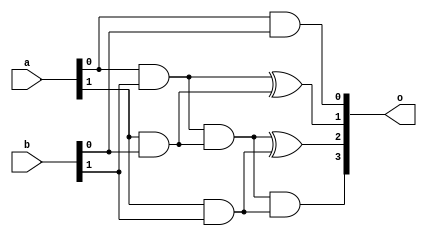
`timescale 1ns / 1ps
//////////////////////////////////////////////////////////////////////////////////
// Company: 
// Engineer: 
// 
// Design Name: 
// Module Name: basic_modules
// Project Name: 
// Target Devices: 
// Tool Versions: 
// Description: 
// 
// Dependencies: 
// 
// Revision:
// Revision 0.01 - File Created
// Additional Comments:
// 
//////////////////////////////////////////////////////////////////////////////////


module mul_2x2(
    input  [1:0] a, 
    input  [1:0] b, 
    output [3:0] o 
    );
    
    wire and_a0b0 = a[0] & b[0]; 
    wire and_a0b1 = a[0] & b[1]; 
    wire and_a1b0 = a[1] & b[0]; 
    wire and_a1b1 = a[1] & b[1]; 
    wire and_a0b1a1b0 = and_a0b1 & and_a1b0; 
    
    assign o[0] = and_a0b0; 
    assign o[1] = and_a0b1 ^ and_a1b0; 
    assign o[2] = and_a0b1a1b0 ^ and_a1b1; 
    assign o[3] = and_a0b1a1b0 & and_a1b1; 
    
endmodule


module mul_2x2_kmap(
    input  [1:0] a, 
    input  [1:0] b, 
    output [3:0] o 
    );
    
    wire and_a0b0 = a[0] & b[0]; 
    wire and_a0b1 = a[0] & b[1]; 
    wire and_a1b0 = a[1] & b[0]; 
    wire and_a1b1 = a[1] & b[1]; 
    wire and_a0b1a1b0 = and_a0b1 & and_a1b0; 
    
    assign o[0] = and_a0b0; 
    assign o[1] = and_a0b1 | and_a1b0; 
    assign o[2] = and_a1b1; 
    assign o[3] = 1'b0; 
    
endmodule


module full_adder(
    input  a, 
    input  b, 
    input  cin, 
    output o, 
    output cout
    );
    
    wire xor_ab = a ^ b;  
    assign o = xor_ab ^ cin; 
    assign cout = (a & b) | (xor_ab & cin); 
    
endmodule


module mul_3x3(
    input  [2:0] a, 
    input  [2:0] b, 
    output [5:0] o 
    );
    
    assign o = {3'b000, a} * {3'b000, b}; 
    
endmodule


module mul_2x3(
    input  [1:0] a, 
    input  [2:0] b, 
    output [4:0] o 
    );
    
    assign o = {3'b000, a} * {2'b00, b}; 
    
endmodule


module mul_3x2(
    input  [2:0] a, 
    input  [1:0] b, 
    output [4:0] o 
    );
    
    assign o = {2'b00, a} * {3'b000, b}; 
    
endmodule


module true2comple_8(
    input  [7:0] a, 
    output [7:0] o 
    );
    
    assign o = a[7] == 0 ? a : ({1'b0, (~a[6:0])} + 1); 
    
endmodule


module true2comple_16(
    input  [15:0] a, 
    output [15:0] o 
    );
    
    assign o = a[15] == 0 ? a : ({1'b0, (~a[14:0])} + 1); 
    
endmodule


module comple2true_8(
    input  [7:0] a, 
    output [7:0] o 
    );
    
    wire [7:0] tmp = ~(a - 1); 
    assign o = a[7] == 0 ? a : {1'b1, tmp[6:0]}; 
    
endmodule


module comple2true_16(
    input  [15:0] a, 
    output [15:0] o 
    );
    
    wire [15:0] tmp = ~(a - 1); 
    assign o = a[15] == 0 ? a : {1'b1, tmp[14:0]}; 
    
endmodule